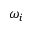
\omega _ { i }